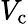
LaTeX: V_{\mathrm{c}}